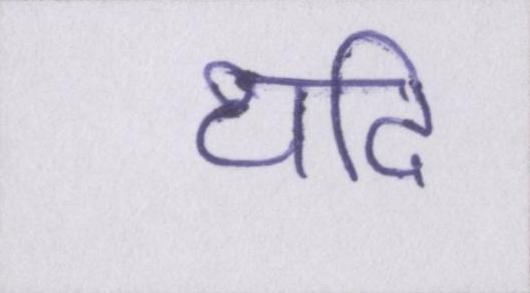
यदि